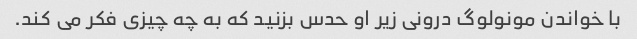
با خواندن مونولوگ درونی زیر او حدس بزنید که به چه چیزی فکر می کند.